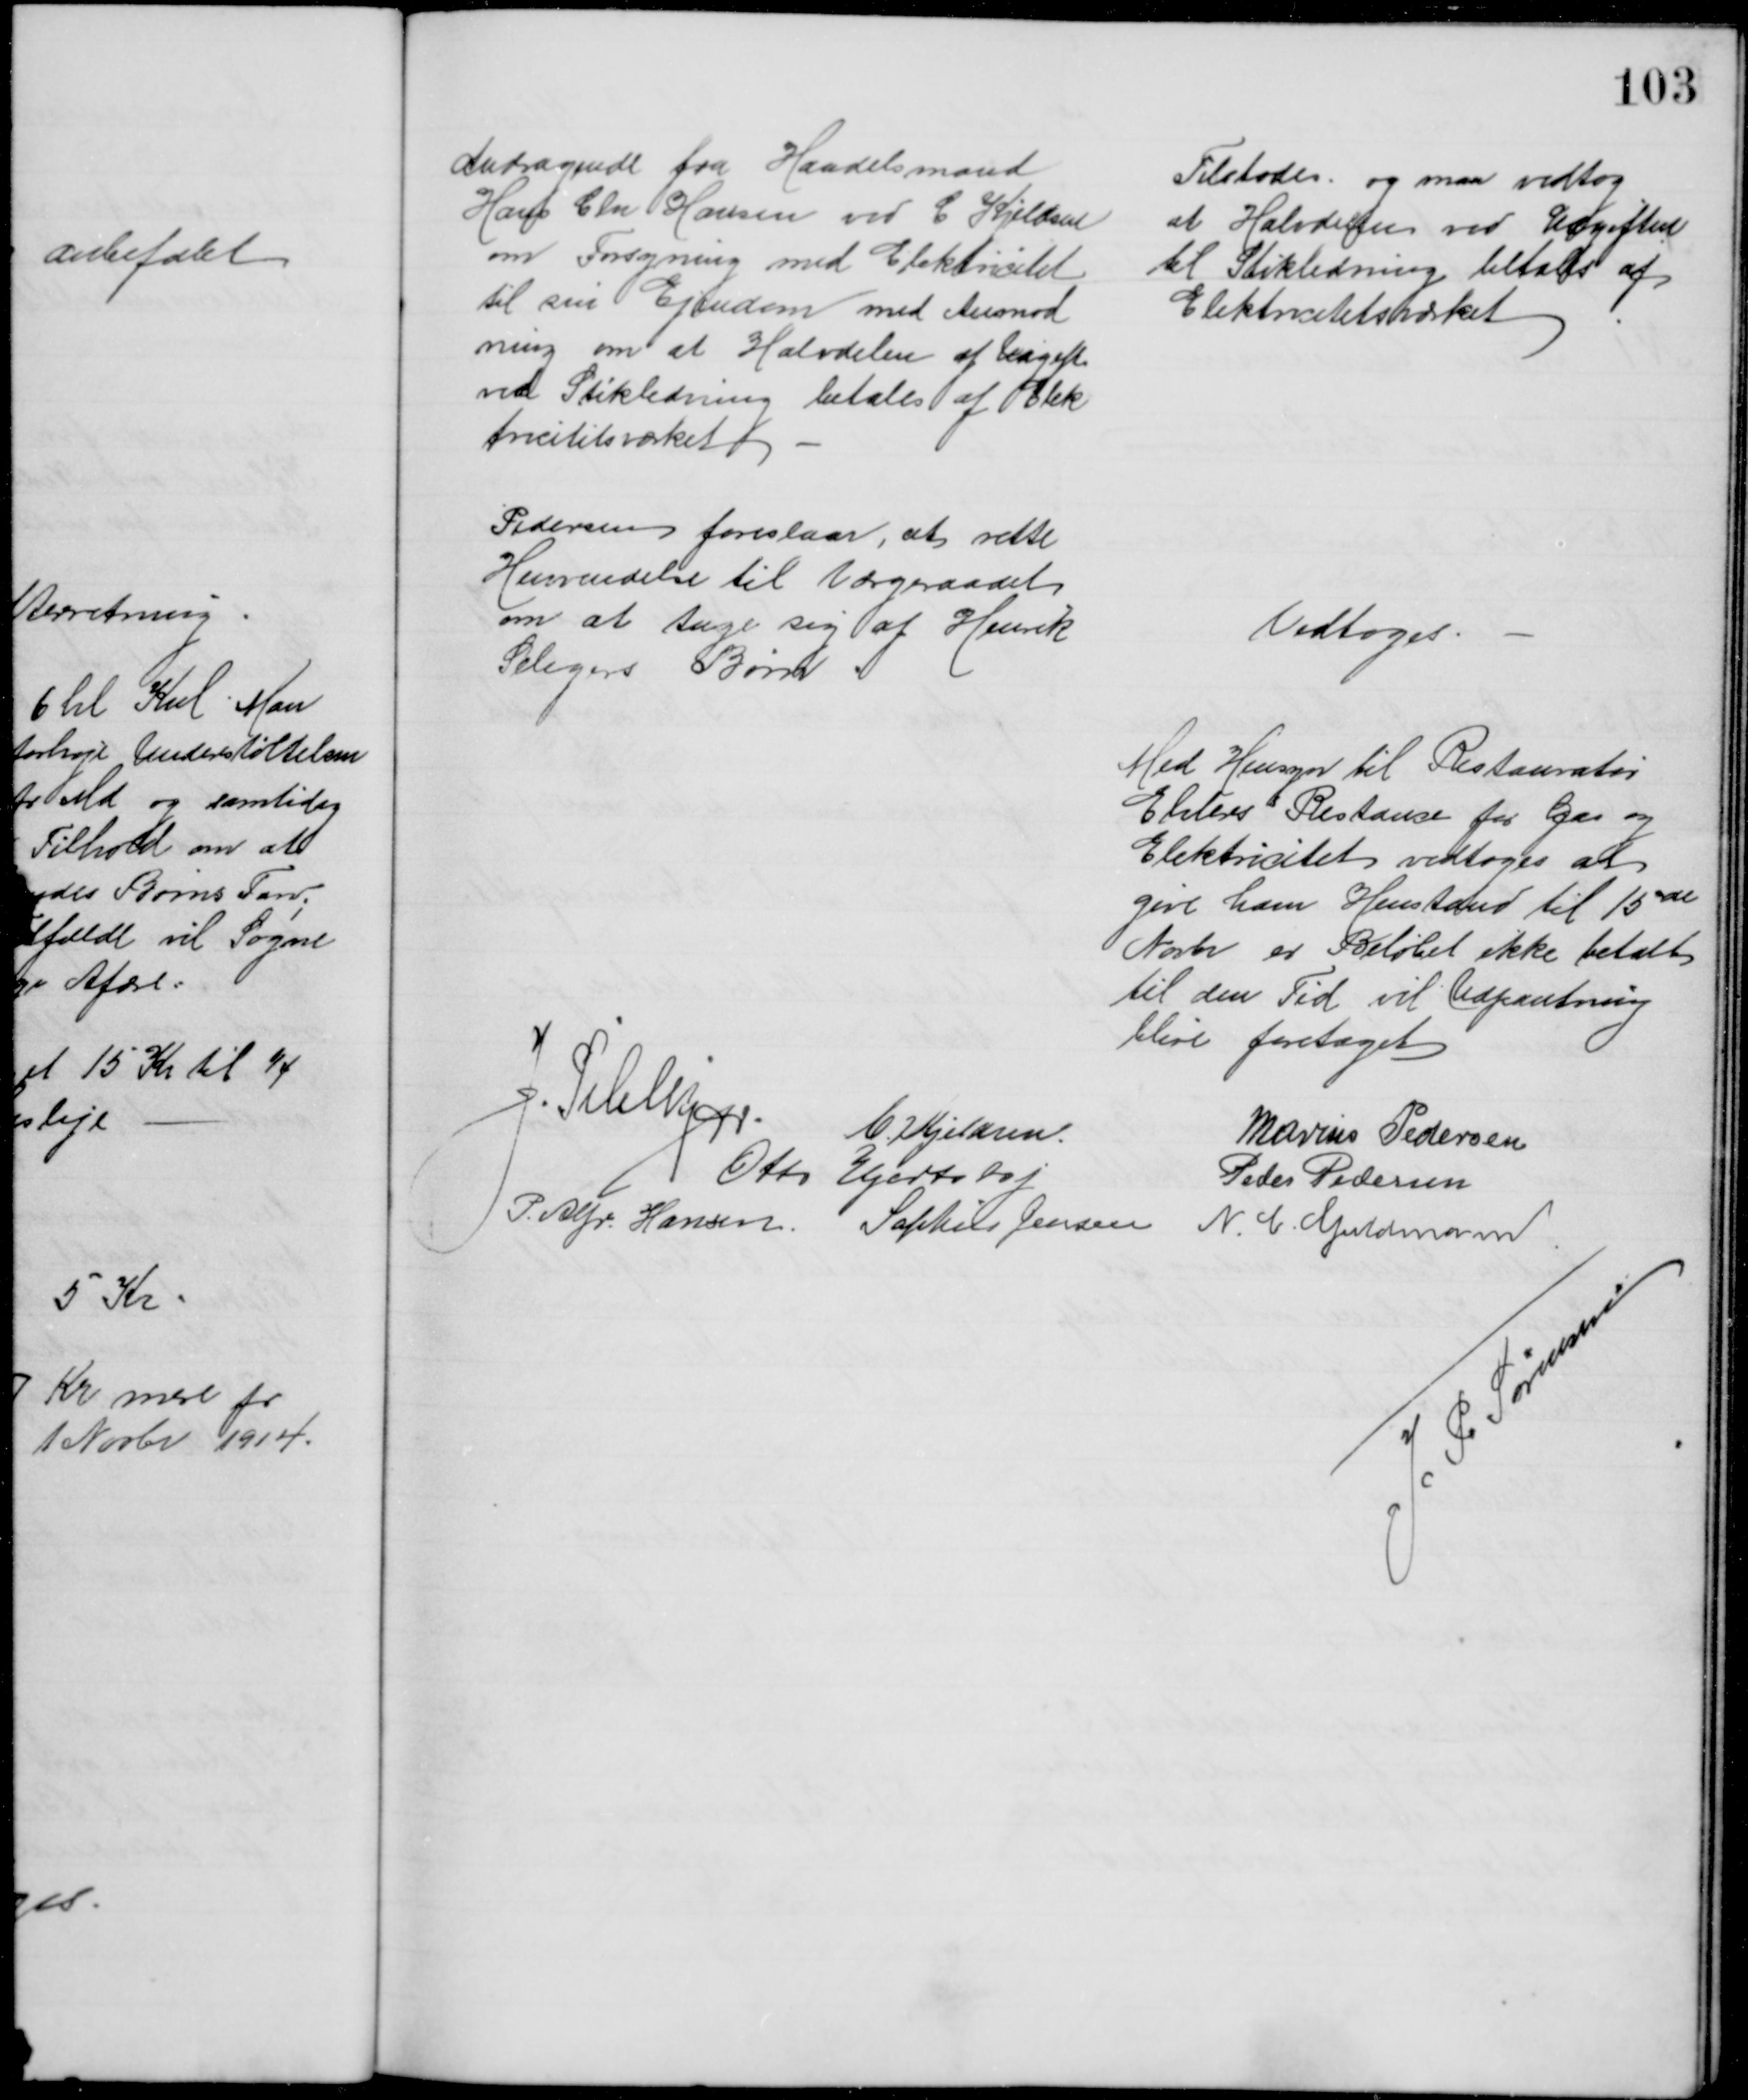
Transskription:
Andragende fra Handelsmand
Hans Chr Hansen ved C. Kjeldsen
om Forsyning med Elektricitet
til sin Ejendom med Anmod
ning om at Halvdelen af Udgift
ved Stikledning betales af Elek
tricitetsværket
Tilstodes og man vedtog
at Halvdelen ved Udgiften
til Stikledning betales af
Elektricitetsværket
Pedersen foreslaar, at rette
Henvendelse til Værgeraadet
om at tage sig af Henrik
Seligers Børn
Vedtoges.
Med Hensyn til Restauratør
Ehlers Restanse for Gas og 
Elektricitet vedtoges at 
give ham Henstand til 15de
Novbr er Beløbet ikke betalt
til den Tid vil Udpantning
blive foretaget
J. Pihlkjær.
C. Kjeldsen.
Marius Pedersen
Otto Hjortshøj
Peder Pedersen
P. Alfr. Hansen
Sophus Jensen
N. C. Guldmann
J. P. Sørensen